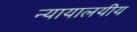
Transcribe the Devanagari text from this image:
न्यायालयीय